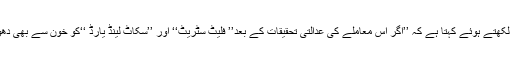
ایک بار پھر ’’اکانومسٹ ‘‘اس بارے تلخ بات لکھتے ہوئے کہتا ہے کہ ’’اگر اس معاملے کی عدالتی تحقیقات کے بعد’’ فلیٹ سٹریٹ‘‘ اور ’’سکاٹ لینڈ یارڈ ‘‘کو خون سے بھی دھونا پڑے تو کوئی مضائقہ نہیں ہونا چاہئے ‘‘۔